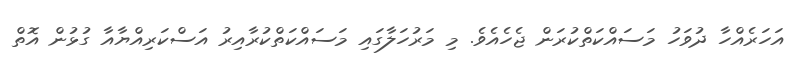
އަހަރެއްހާ ދުވަހު މަސައްކަތްކުރަން ޖެހެއެވެ. މި މަރުހަލާގައި މަސައްކަތްކުރާއިރު އަސްކަރިއްޔާއާ ގުޅުން އޮތް